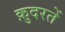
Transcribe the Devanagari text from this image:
क़ुदरतें